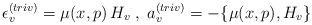
LaTeX: \begin{align*} \epsilon^{(triv)}_v = \mu(x,p) \, H_v\;,\; a_v^{(triv)}=- \{\mu(x,p),H_v\}\end{align*}